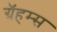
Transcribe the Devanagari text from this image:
ग्रॅहम्स